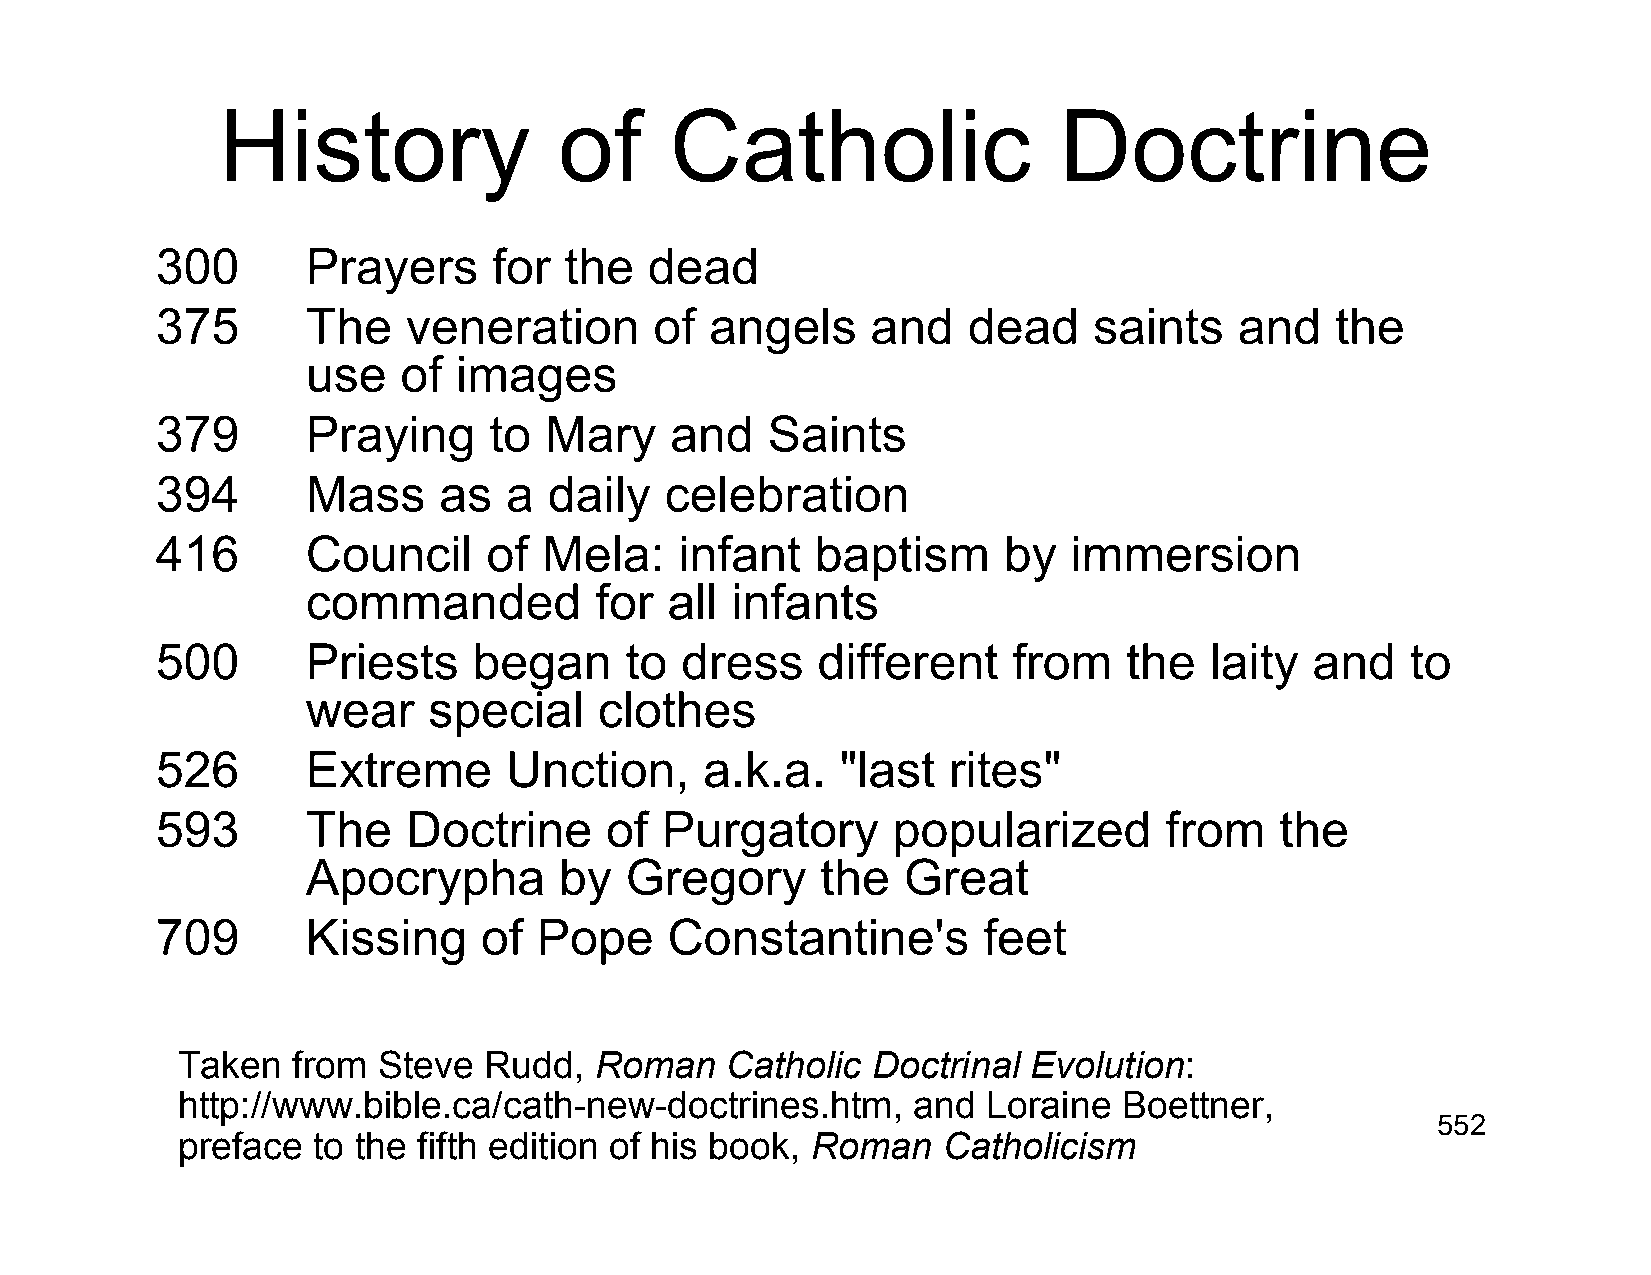
History                of     Catholic                  Doctrine
 300       Prayers      for the   dead
 375       The    veneration      of  angels     and   dead    saints    and   the
 use   of  images
 379       Praying     to  Mary    and    Saints
 394       Mass     as  a  daily   celebration
 416       Council     of  Mela:    infant   baptism     by   immersion
 commanded          for  all infants
 500       Priests    began     to  dress    different    from    the  laity  and   to
 wear    special     clothes
 526       Extreme      Unction,      a.k.a.   "last  rites"
 593       The    Doctrine     of  Purgatory      popularized       from    the
 Apocrypha        by  Gregory      the   Great
 709       Kissing     of  Pope    Constantine's        feet
 Taken  from  Steve  Rudd,  Roman    Catholic  Doctrinal Evolution:
 http://www.bible.ca/cath-new-doctrines.htm,     and  Loraine  Boettner,
 552
 preface  to the fifth edition of his book, Roman  Catholicism